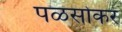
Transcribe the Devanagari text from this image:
पळसोकर